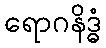
ရောဂနိဒ္ဓံ